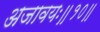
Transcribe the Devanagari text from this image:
अजावयः॥१०॥